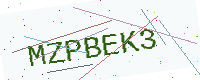
Text: MZPBEK3